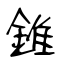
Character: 錐